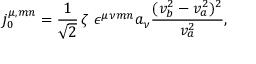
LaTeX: j _ { 0 } ^ { \mu , m n } = \frac { 1 } { \sqrt { 2 } } \, \zeta \; \epsilon ^ { \mu \nu m n } a _ { \nu } \frac { ( v _ { b } ^ { 2 } - v _ { a } ^ { 2 } ) ^ { 2 } } { v _ { a } ^ { 2 } } ,